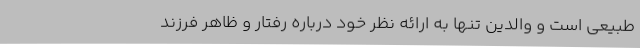
طبیعی است و والدین تنها به ارائه نظر خود درباره رفتار و ظاهر فرزند